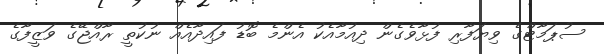
ސުޕަމާޓްގެ ވިޔަފާރި ފުޅާވެގެން ދިއުމާއެކު އެންމެ ބޮޑު ފައިދާއެއް ނުކުތީ ރާއްޖޭގެ ވަޒީފާގެ